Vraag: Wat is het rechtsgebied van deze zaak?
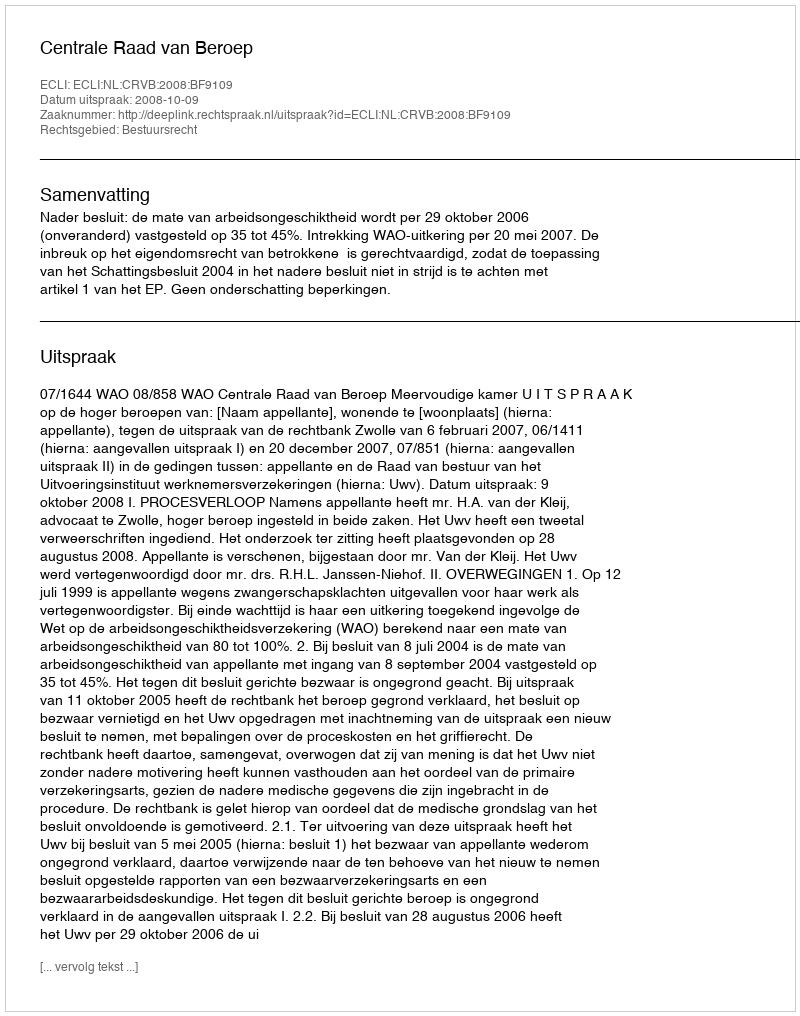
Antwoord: Bestuursrecht